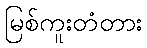
မြစ်ကူးတံတား